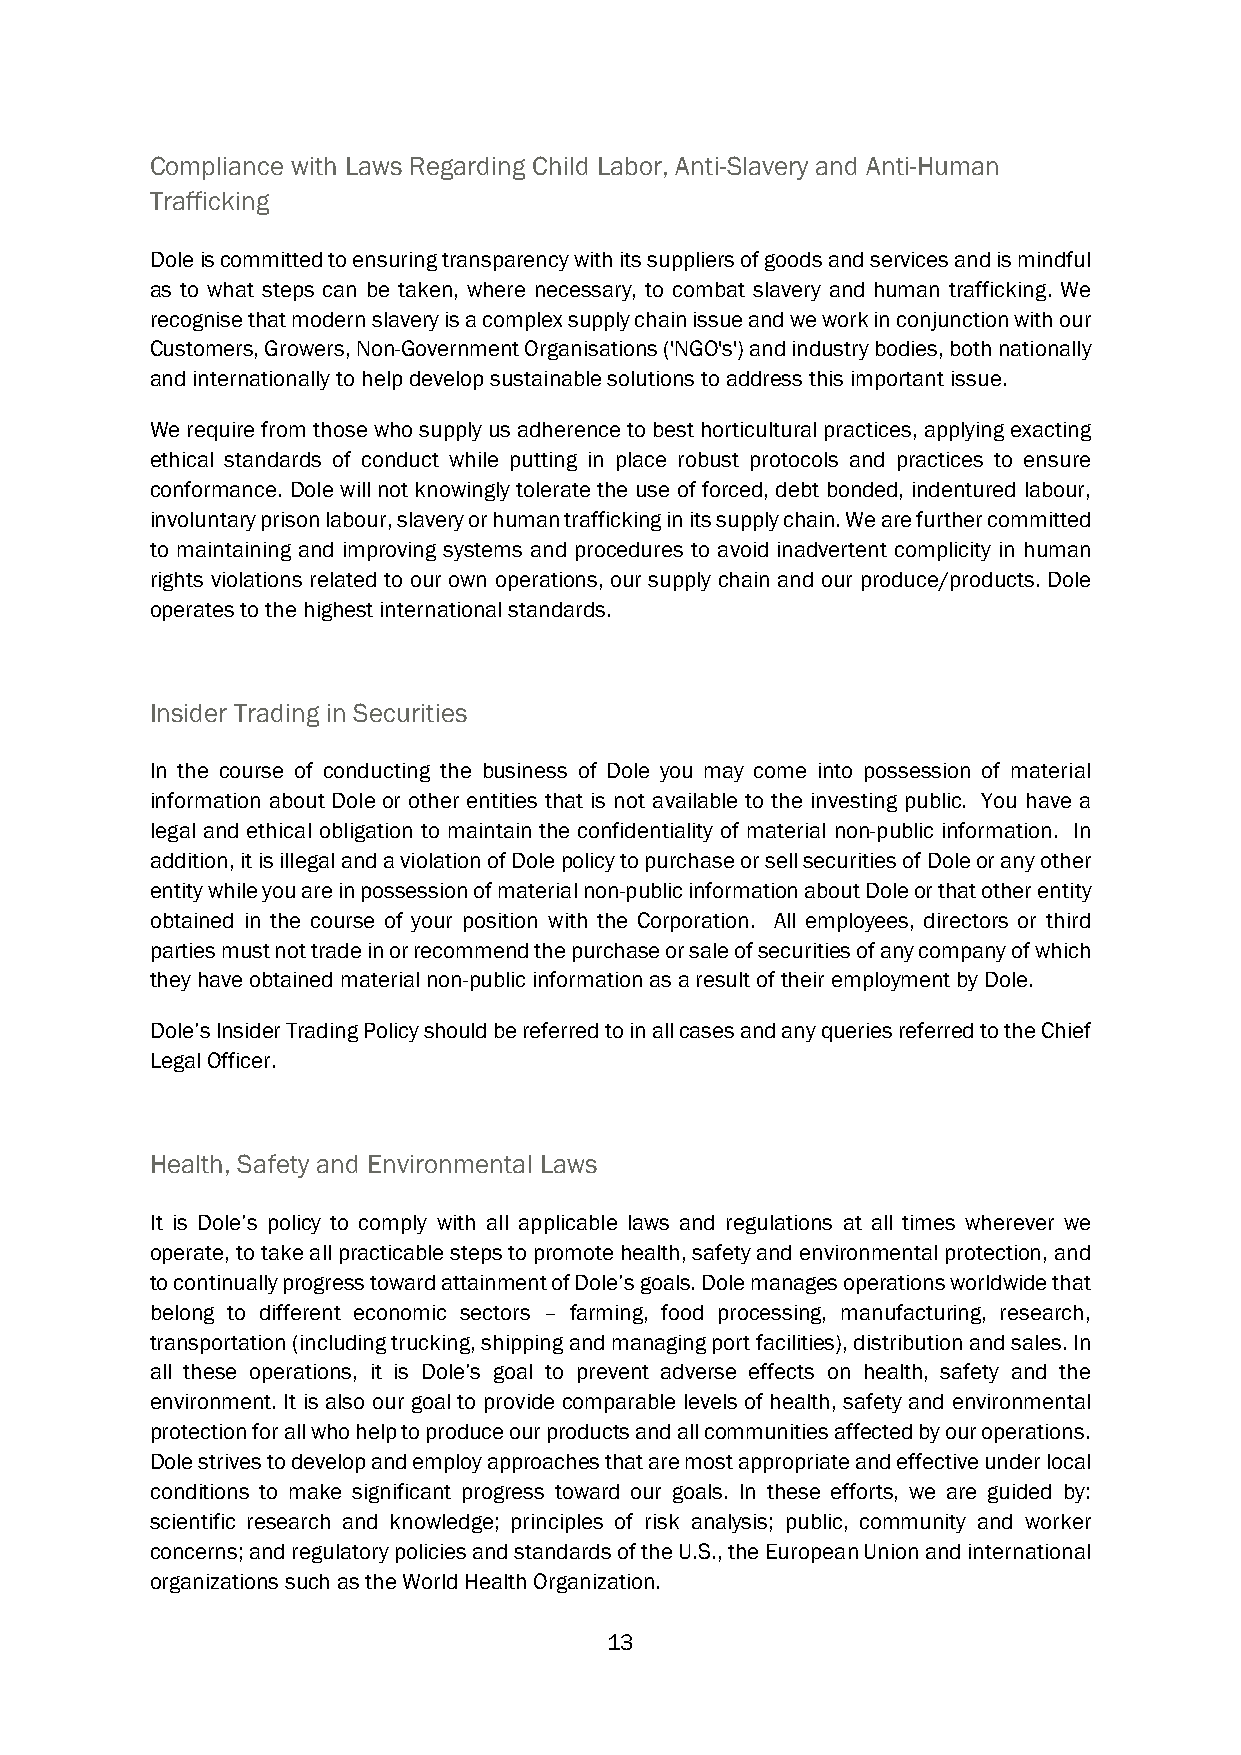
Compliance with Laws Regarding Child Labor, Anti-Slavery and Anti-Human
 Trafficking
 Dole is committed to ensuring transparency with its suppliers of goods and services and is mindful
 as to what steps can be taken, where necessary, to combat slavery and human trafficking. We
 recognise that modern slavery is a complex supply chain issue and we work in conjunction with our
 Customers, Growers, Non-Government Organisations ('NGO's') and industry bodies, both nationally
 and internationally to help develop sustainable solutions to address this important issue.
 We require from those who supply us adherence to best horticultural practices, applying exacting
 ethical standards of conduct while putting in place robust protocols and practices to ensure
 conformance. Dole will not knowingly tolerate the use of forced, debt bonded, indentured labour,
 involuntary prison labour, slavery or human trafficking in its supply chain. We are further committed
 to maintaining and improving systems and procedures to avoid inadvertent complicity in human
 rights violations related to our own operations, our supply chain and our produce/products. Dole
 operates to the highest international standards.
 Insider Trading in Securities
 In the course of conducting the business of Dole you may come into possession of material
 information about Dole or other entities that is not available to the investing public. You have a
 legal and ethical obligation to maintain the confidentiality of material non-public information. In
 addition, it is illegal and a violation of Dole policy to purchase or sell securities of Dole or any other
 entity while you are in possession of material non-public information about Dole or that other entity
 obtained in the course of your position with the Corporation. All employees, directors or third
 parties must not trade in or recommend the purchase or sale of securities of any company of which
 they have obtained material non-public information as a result of their employment by Dole.
 Dole’s Insider Trading Policy should be referred to in all cases and any queries referred to the Chief
 Legal Officer.
 Health, Safety and Environmental Laws
 It is Dole’s policy to comply with all applicable laws and regulations at all times wherever we
 operate, to take all practicable steps to promote health, safety and environmental protection, and
 to continually progress toward attainment of Dole’s goals. Dole manages operations worldwide that
 belong to different economic sectors – farming, food processing, manufacturing, research,
 transportation (including trucking, shipping and managing port facilities), distribution and sales. In
 all these operations, it is Dole’s goal to prevent adverse effects on health, safety and the
 environment. It is also our goal to provide comparable levels of health, safety and environmental
 protection for all who help to produce our products and all communities affected by our operations.
 Dole strives to develop and employ approaches that are most appropriate and effective under local
 conditions to make significant progress toward our goals. In these efforts, we are guided by:
 scientific research and knowledge; principles of risk analysis; public, community and worker
 concerns; and regulatory policies and standards of the U.S., the European Union and international
 organizations such as the World Health Organization.
 13